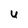
Character: U